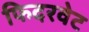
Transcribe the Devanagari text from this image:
फिदरवेट